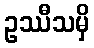
ဥဿီသမှိ